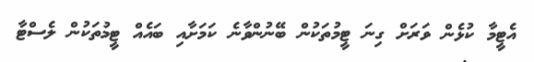
އެޓީމާ ކުޅެން ވަރަށް ގިނަ ޓީމުތަކުން ބޭނުންވާނެ ކަމަށާއި ބައެއް ޓީމުތަކުން ލެސްޓާ